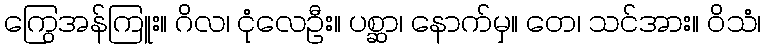
ကြွေအန်ကြူး။ ဂိလ၊ ငုံလေဦး။ ပစ္ဆာ၊ နောက်မှ။ တေ၊ သင်အား။ ဝိသံ၊